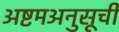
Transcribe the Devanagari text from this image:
अष्टमअनुसूची